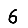
Digit: 6